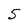
Character: 5